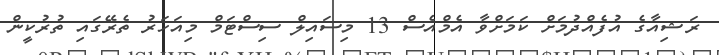
ރަޝިއާގެ އުފެއްދުމަށް ކަމަށްވާ އެމްއެސް 13 މިސައިލް ސިސްޓަމް މިއަހަރު ތެރޭގައި ތުރުކީން